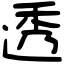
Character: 透